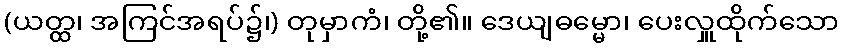
(ယတ္ထ၊ အကြင်အရပ်၌၊) တုမှာကံ၊ တို့၏။ ဒေယျဓမ္မော၊ ပေးလှူထိုက်သော